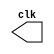
// ---------------------------
// Larissa Fernande Leijoto-410476
//Guia 09
// ---------------------------

module clock ( clk );
 output clk;
 reg    clk;

 initial
  begin
   clk = 1'b0;
  end

 always
  begin
   #12 clk = ~clk;
  end
endmodule

module pulso ( signal, clock );
 input  clock;
 output signal;
 reg    signal;

 always @ ( negedge clock )
  begin
      signal = 1'b1;
  #48 signal = 1'b0;
  end
endmodule // pulso

module guia09exercicio04;

 wire  clock;
 clock clk ( clock );
 wire  p1;

 pulso   pulso1   ( p1, clock );

 initial begin
  $dumpfile ( "guia09exercicio04.vcd" );
  $dumpvars ( 1, clock, p1);

  #480 $finish;
 end

endmodule